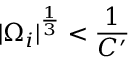
| \Omega _ { i } | ^ { \frac { 1 } { 3 } } < \frac { 1 } { C ^ { \prime } }